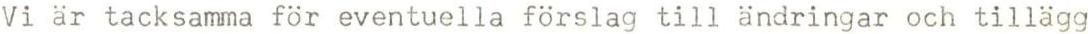
Vi är tacksamma för eventuella förslag till ändringar och tillägg